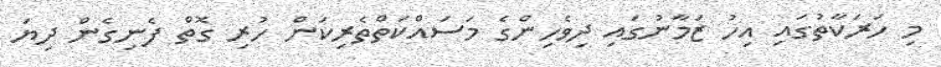
މި ހަރަކާތުގައި އިހު ޒަމާނުގައި ދިވެހިންގެ މަސައްކަތްތެރިކަން ހުރި ގޮތް ފެނިގެން ދިޔަ